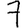
Digit: 7